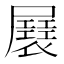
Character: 㞡